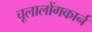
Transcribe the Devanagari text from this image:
चूलालोंगकार्न